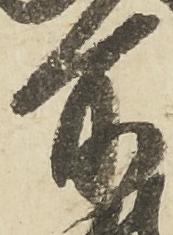
所